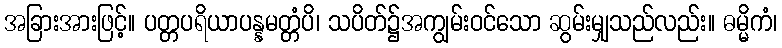
အခြားအားဖြင့်။ ပတ္တပရိယာပန္နမတ္တံပိ၊ သပိတ်၌အကျွမ်းဝင်သော ဆွမ်းမျှသည်လည်း။ ဓမ္မိကံ၊